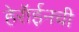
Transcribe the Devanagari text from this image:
हेरॉईनची